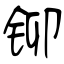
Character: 铆